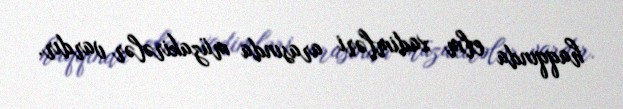
haqqında elm xadimləri arasında müzakirələr vardır.